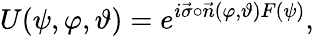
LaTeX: U(\psi,\varphi,\vartheta)=e^{i\vec{\sigma}\circ\vec{n}(\varphi,\vartheta)F(\psi)},